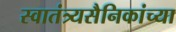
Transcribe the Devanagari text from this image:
स्वातंत्र्यसैनिकांच्या